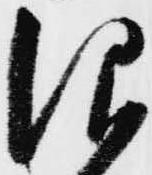
仰